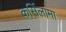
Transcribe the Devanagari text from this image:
कर्सिलामा